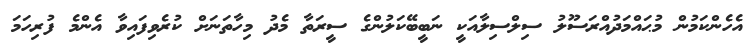
އެހެންކަމުން މުޙައްމަދުއްރަސޫލު ސިލްސިލާއަކީ ނަބީބޭކަލުންގެ ސީރަތާ މެދު މިހާތަނަށް ކުރެވިފައިވާ އެންމެ ފުރިހަމަ